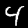
Digit: 4